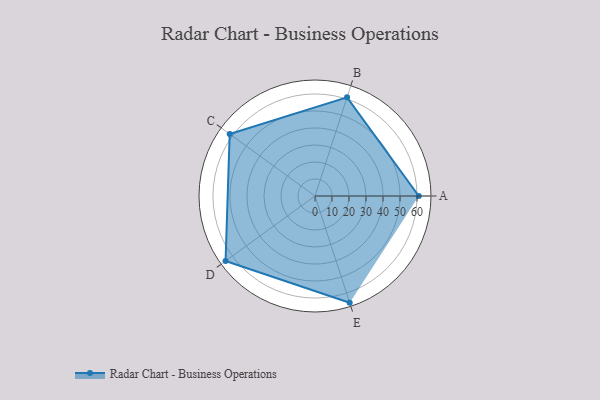
{"axis": {"x": "Skill", "y": "Score"}, "legend": ["Profile"], "data": [{"x": "A", "y": 61.0, "type": "Profile"}, {"x": "B", "y": 61.0, "type": "Profile"}, {"x": "C", "y": 62.0, "type": "Profile"}, {"x": "D", "y": 65.0, "type": "Profile"}, {"x": "E", "y": 66.0, "type": "Profile"}]}